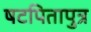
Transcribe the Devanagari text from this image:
षटपितापुत्र